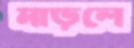
মাড়লে